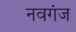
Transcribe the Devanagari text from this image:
नवगंज